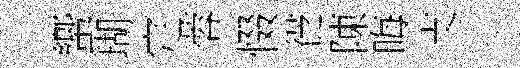
蠁瑚定蓉惙徔陳晦支